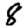
Digit: 8